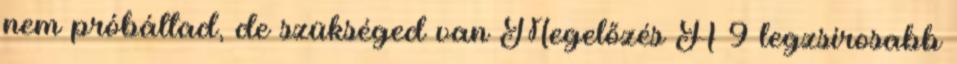
nem próbáltad, de szükséged van Megelőzés A 9 legzsírosabb